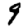
Digit: 9